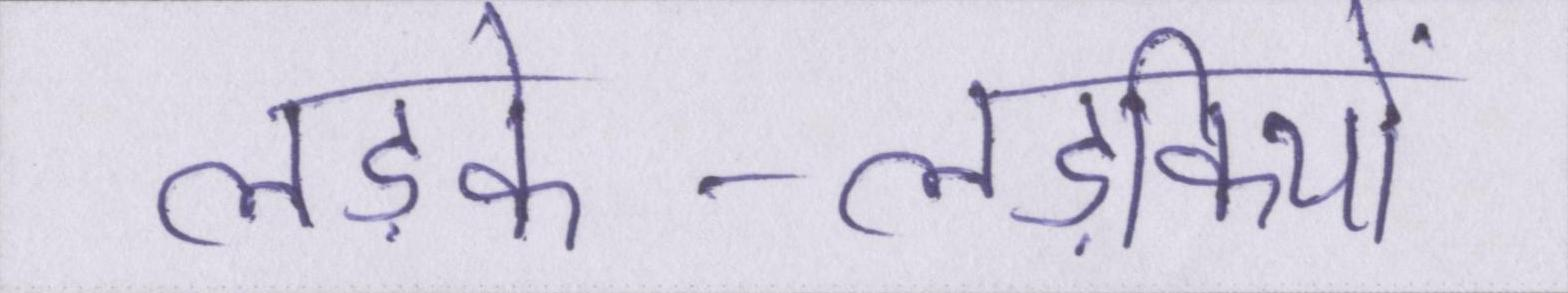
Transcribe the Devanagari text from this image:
लड़के-लड़कियों